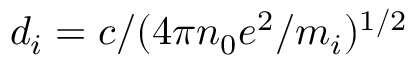
d _ { i } = c / ( 4 \pi n _ { 0 } e ^ { 2 } / m _ { i } ) ^ { 1 / 2 }